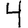
Digit: 4